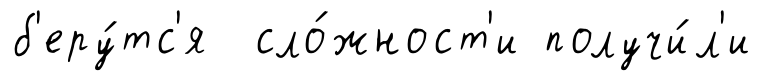
б'еру́тс'я сло́жност'и получи́л'и